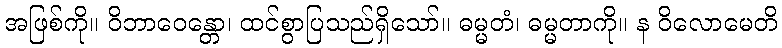
အဖြစ်ကို။ ဝိဘာဝေန္တော၊ ထင်စွာပြသည်ရှိသော်။ ဓမ္မတံ၊ ဓမ္မတာကို။ န ဝိလောမေတိ